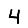
Digit: 4